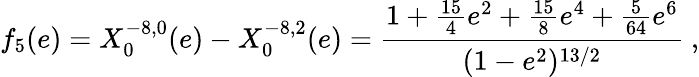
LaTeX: f_{5}(e)=X_{0}^{-8,0}(e)-X_{0}^{-8,2}(e)=\frac{1+\frac{15}{4}e^{2}+\frac{15}{8}e^{4}+\frac{5}{64}e^{6}}{(1-e^{2})^{13/2}}\ ,